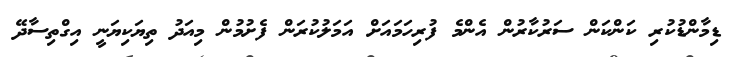
ޑިމާންޑުކުރި ކަންކަން ސަރުކާރުން އެންމެ ފުރިހަމައަށް އަމަލުކުރަން ފެށުމުން މިއަދު ތިޔަކިޔަނީ އިގްތިސާދޭ